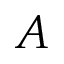
A